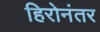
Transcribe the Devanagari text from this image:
हिरोनंतर